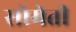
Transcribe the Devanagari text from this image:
सोमेती